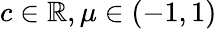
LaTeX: c\in\mathbb{R},\mu\in(-1,1)